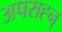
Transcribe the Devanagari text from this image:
अपराह्न्